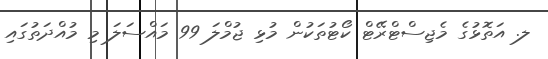
ލ. އަތޮޅުގެ މެޖިސްޓްރޭޓް ކޯޓުތަކުން މުޅި ޖުމްލަ 99 މައްސަލަ މި މުއްދަތުގައި